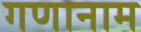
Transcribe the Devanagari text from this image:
गणानाम